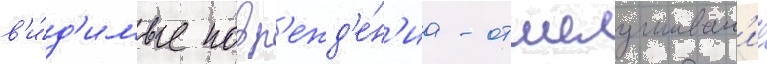
в'и́д'имые повр'ежд'е́н'иа - отшелушиван'ие